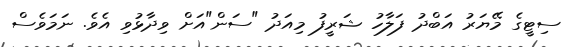
ސިޓީގެ މޭޔަރު އަބްދު ފަލާހު ޝަރީފު މިއަދު "ސަން"އަށް ވިދާޅުވި އެވެ. ނަމަވެސް